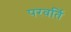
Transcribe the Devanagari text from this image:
परवर्ति